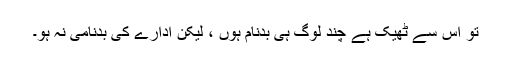
تو اس سے ٹھیک ہے چند لوگ ہی بدنام ہوں ، لیکن ادارے کی بدنامی نہ ہو۔